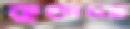
কুড়ানো